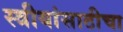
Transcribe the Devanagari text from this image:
स्त्रीयांसाठीचा